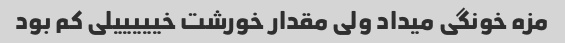
مزه خونگی میداد ولی مقدار خورشت خیییییلی کم بود